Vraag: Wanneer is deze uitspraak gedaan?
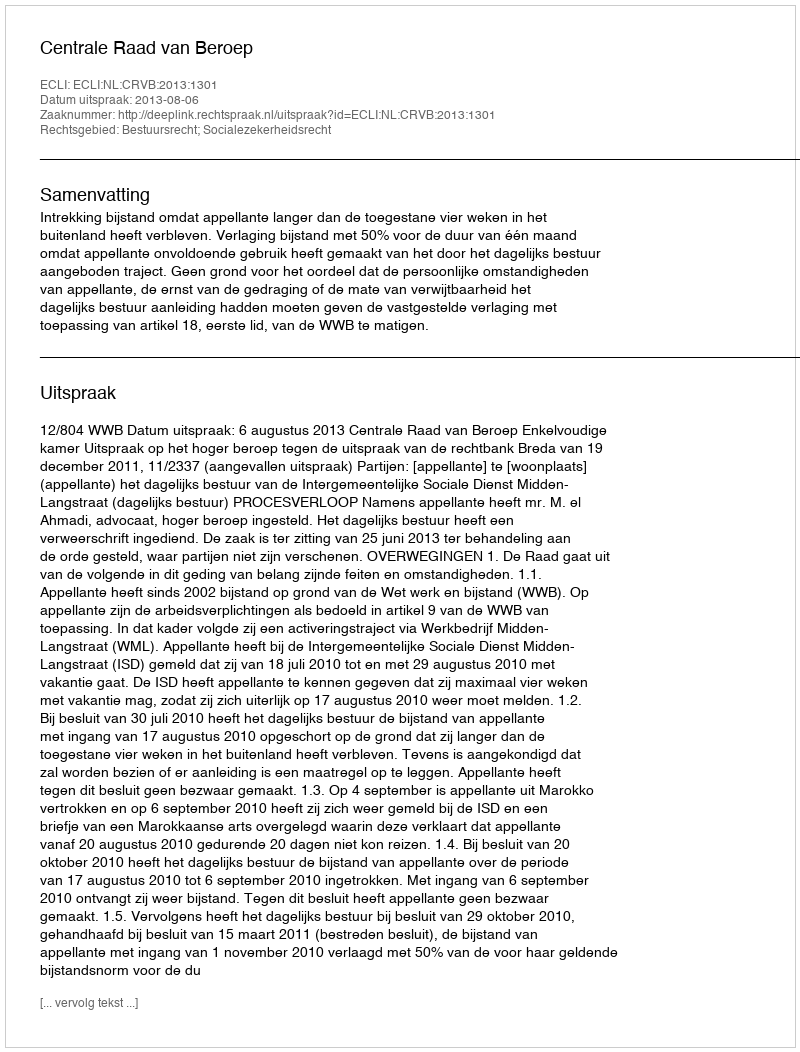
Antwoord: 2013-08-06